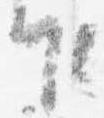
乍